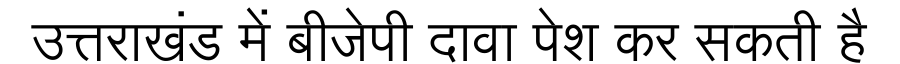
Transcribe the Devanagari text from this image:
उत्तराखंड में बीजेपी दावा पेश कर सकती है